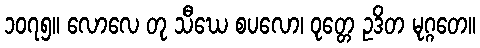
၁၀၇၅။ လောလေ တု သီဃေ စပလော၊ ဝုတ္တေ ဥဒိတ မုဂ္ဂတေ။